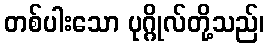
တစ်ပါးသော ပုဂ္ဂိုလ်တို့သည်၊